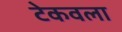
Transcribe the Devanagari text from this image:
टेकवला